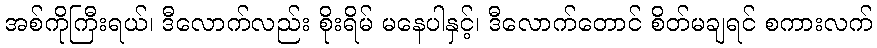
အစ်ကိုကြီးရယ်၊ ဒီလောက်လည်း စိုးရိမ် မနေပါနှင့်၊ ဒီလောက်တောင် စိတ်မချရင် စကားလက်